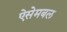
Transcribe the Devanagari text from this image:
ऐसेमबल